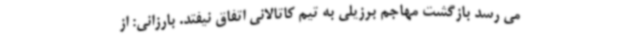
می رسد بازگشت مهاجم برزیلی به تیم کاتالانی اتفاق نیفتد. بارزانی: از